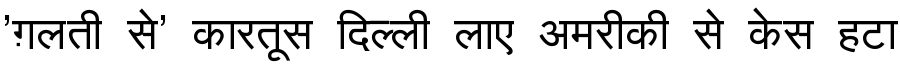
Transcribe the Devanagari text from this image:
'ग़लती से' कारतूस दिल्ली लाए अमरीकी से केस हटा